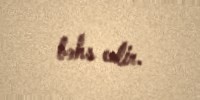
bəhs edir.